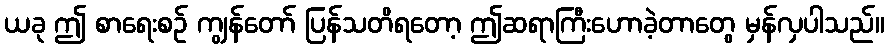
ယခု ဤ စာရေးစဉ် ကျွန်တော် ပြန်သတိရတော့ ဤဆရာကြီးဟောခဲ့တာတွေ မှန်လှပါသည်။